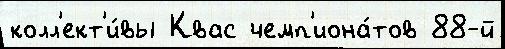
колл'ект'и́вы Квас чемп'иона́тов 88-й